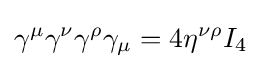
\gamma ^{\mu }\gamma ^{\nu }\gamma ^{\rho }\gamma _{\mu }=4\eta ^{\nu \rho }I_{4}